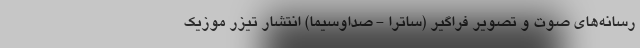
رسانه‌های صوت و تصویر فراگیر (ساترا - صداوسیما) انتشار تیزر موزیک